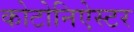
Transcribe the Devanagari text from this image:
कोटोनिऐस्टर